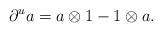
LaTeX: \begin{gather*}{\partial}^u a=a\otimes 1-1\otimes a.\end{gather*}